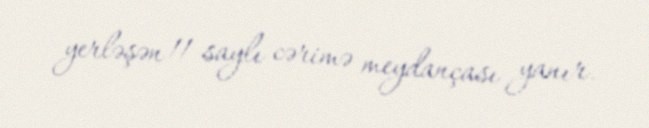
yerləşən 11 saylı cərimə meydançası yanır.